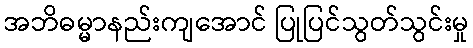
အဘိဓမ္မာနည်းကျအောင် ပြုပြင်သွတ်သွင်းမှု